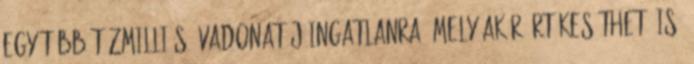
egy több tízmilliós, vadonatúj ingatlanra, mely akár értékesíthető is.